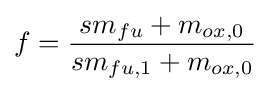
f={\frac {sm_{fu}+m_{ox,0}}{sm_{fu,1}+m_{ox,0}}}